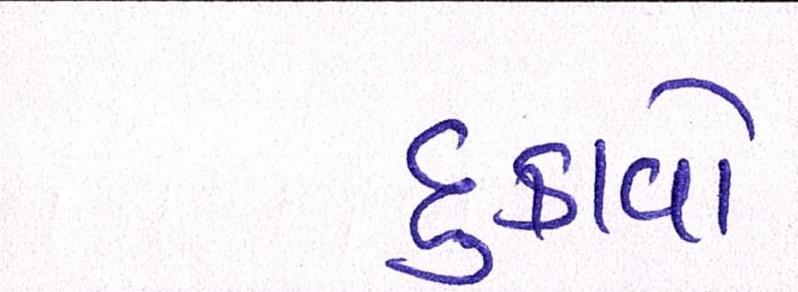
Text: દુઃકાવો